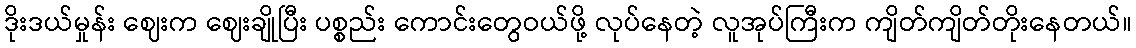
ဒိုးဒယ်မှုန်း ဈေးက ဈေးချိုပြီး ပစ္စည်း ကောင်းတွေဝယ်ဖို့ လုပ်နေတဲ့ လူအုပ်ကြီးက ကျိတ်ကျိတ်တိုးနေတယ်။